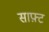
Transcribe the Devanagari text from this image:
साफ़्ट